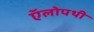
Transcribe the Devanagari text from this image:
ऍलोपथी